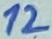
Text: 12